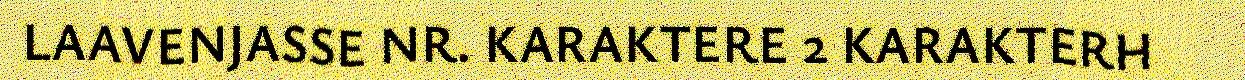
LAAVENJASSE NR. KARAKTERE 2 KARAKTERH